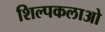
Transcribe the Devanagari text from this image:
शिल्‍पकलाओ